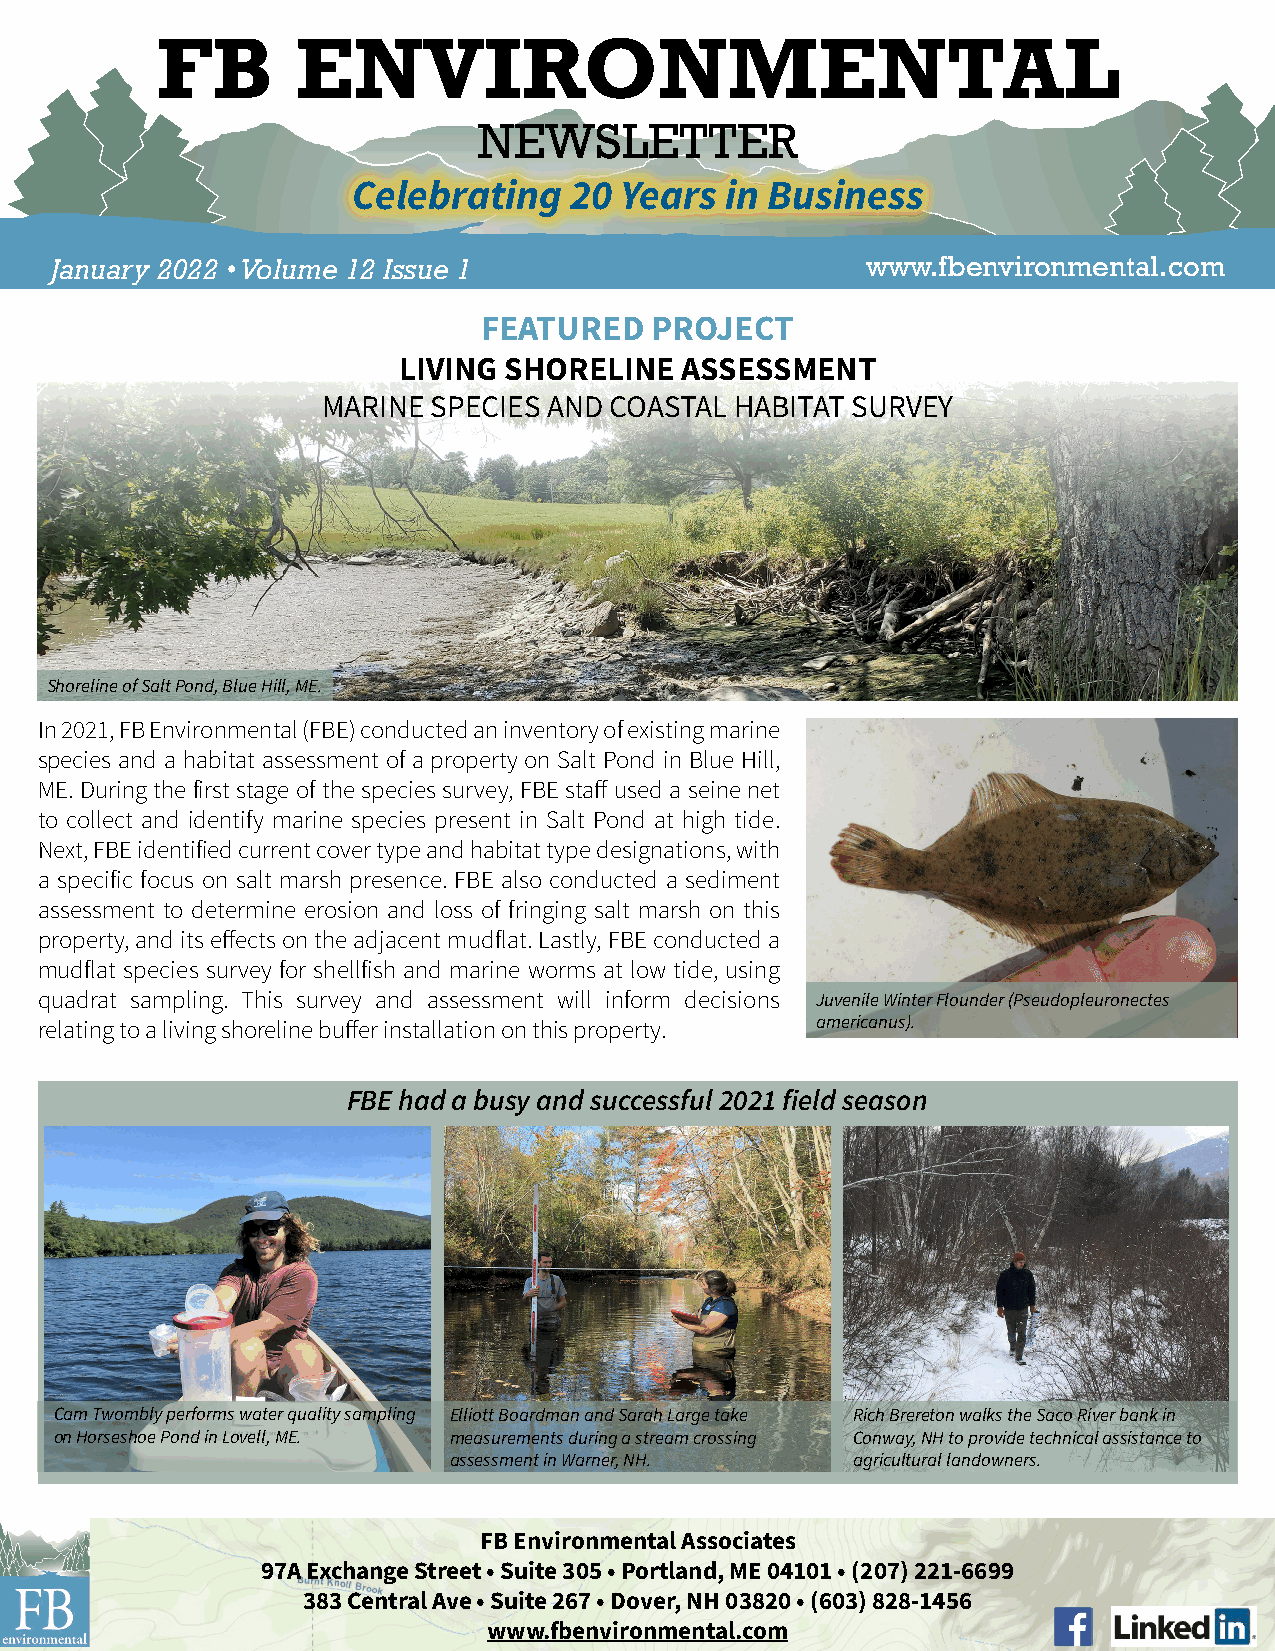
FB        ENVIRONMENTAL
 NEWSLETTER
 Celebrating    20 Years  in Business
 January 2022 • Volume 12 Issue 1                      www.fbenvironmental.com
 FEATURED   PROJECT
 LIVING SHORELINE   ASSESSMENT
 MARINE  SPECIES AND COASTAL HABITAT SURVEY
 Shoreline of Salt Pond, Blue Hill, ME.
 In 2021, FB Environmental (FBE) conducted an inventory of existing marine
 species and a habitat assessment of a property on Salt Pond in Blue Hill,
 ME. During the first stage of the species survey, FBE staff used a seine net
 to collect and identify marine species present in Salt Pond at high tide.
 Next, FBE identified current cover type and habitat type designations, with
 a specific focus on salt marsh presence. FBE also conducted a sediment
 assessment to determine erosion and loss of fringing salt marsh on this
 property, and its effects on the adjacent mudflat. Lastly, FBE conducted a
 mudflat species survey for shellfish and marine worms at low tide, using
 quadrat sampling. This survey and assessment will inform decisions Juvenile Winter Flounder (Pseudopleuronectes
 relating to a living shoreline buffer installation on this property. americanus).
 FBE had a busy and successful 2021 field season
 Cam Twombly performs water quality sampling Elliott Boardman and Sarah Large take Rich Brereton walks the Saco River bank in
 on Horseshoe Pond in Lovell, ME. measurements during a stream crossing Conway, NH to provide technical assistance to
 assessment in Warner, NH. agricultural landowners.
 FB Environmental Associates
 97A Exchange Street • Suite 305 • Portland, ME 04101 • (207) 221-6699
 383 Central Ave • Suite 267 • Dover, NH 03820 • (603) 828-1456
 www.fbenvironmental.com